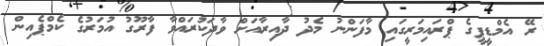
ރޭ އެމްޑީޕީގެ ޕްރައިމަރީގައި މާފަންނު މެދު ދާއިރާއަށް ވާދަކުރައްވާ ފާރޫގު އުމަރުގެ ކެމްޕެއިން